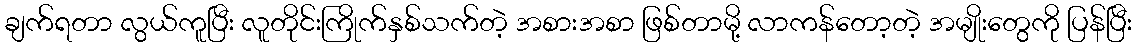
ချက်ရတာ လွယ်ကူပြီး လူတိုင်းကြိုက်နှစ်သက်တဲ့ အစားအစာ ဖြစ်တာမို့ လာကန်တော့တဲ့ အမျိုးတွေကို ပြန်ပြီး